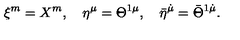
\xi ^ { m } = X ^ { m } , \quad \eta ^ { \mu } = \Theta ^ { 1 \mu } , \quad \bar { \eta } ^ { \dot { \mu } } = \bar { \Theta } ^ { 1 \dot { \mu } } .